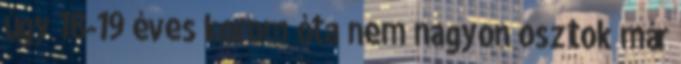
úgy 18-19 éves korom óta nem nagyon osztok már